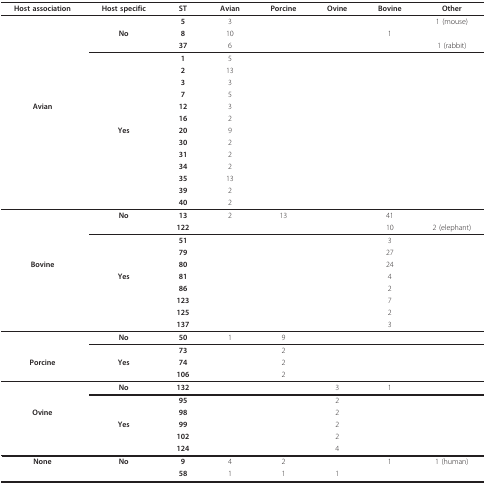
<table><thead><tr><td><b>Host association</b></td><td><b>Host specific</b></td><td><b>ST</b></td><td><b>Avian</b></td><td><b>Porcine</b></td><td><b>Ovine</b></td><td><b>Bovine</b></td><td><b>Other</b></td></tr></thead><tbody><tr><td>[EMPTY_CELL]</td><td>[EMPTY_CELL]</td><td><b>5</b></td><td>3</td><td>[EMPTY_CELL]</td><td>[EMPTY_CELL]</td><td>[EMPTY_CELL]</td><td>1 (mouse)</td></tr><tr><td>[EMPTY_CELL]</td><td><b>No</b></td><td><b>8</b></td><td>10</td><td>[EMPTY_CELL]</td><td>[EMPTY_CELL]</td><td>1</td><td>[EMPTY_CELL]</td></tr><tr><td>[EMPTY_CELL]</td><td>[EMPTY_CELL]</td><td><b>37</b></td><td>6</td><td>[EMPTY_CELL]</td><td>[EMPTY_CELL]</td><td>[EMPTY_CELL]</td><td>1 (rabbit)</td></tr><tr><td>[EMPTY_CELL]</td><td>[EMPTY_CELL]</td><td><b>1</b></td><td>5</td><td>[EMPTY_CELL]</td><td>[EMPTY_CELL]</td><td>[EMPTY_CELL]</td><td>[EMPTY_CELL]</td></tr><tr><td>[EMPTY_CELL]</td><td>[EMPTY_CELL]</td><td><b>2</b></td><td>13</td><td>[EMPTY_CELL]</td><td>[EMPTY_CELL]</td><td>[EMPTY_CELL]</td><td>[EMPTY_CELL]</td></tr><tr><td>[EMPTY_CELL]</td><td>[EMPTY_CELL]</td><td><b>3</b></td><td>3</td><td>[EMPTY_CELL]</td><td>[EMPTY_CELL]</td><td>[EMPTY_CELL]</td><td>[EMPTY_CELL]</td></tr><tr><td>[EMPTY_CELL]</td><td>[EMPTY_CELL]</td><td><b>7</b></td><td>5</td><td>[EMPTY_CELL]</td><td>[EMPTY_CELL]</td><td>[EMPTY_CELL]</td><td>[EMPTY_CELL]</td></tr><tr><td><b>Avian</b></td><td>[EMPTY_CELL]</td><td><b>12</b></td><td>3</td><td>[EMPTY_CELL]</td><td>[EMPTY_CELL]</td><td>[EMPTY_CELL]</td><td>[EMPTY_CELL]</td></tr><tr><td>[EMPTY_CELL]</td><td>[EMPTY_CELL]</td><td><b>16</b></td><td>2</td><td>[EMPTY_CELL]</td><td>[EMPTY_CELL]</td><td>[EMPTY_CELL]</td><td>[EMPTY_CELL]</td></tr><tr><td>[EMPTY_CELL]</td><td><b>Yes</b></td><td><b>20</b></td><td>9</td><td>[EMPTY_CELL]</td><td>[EMPTY_CELL]</td><td>[EMPTY_CELL]</td><td>[EMPTY_CELL]</td></tr><tr><td>[EMPTY_CELL]</td><td>[EMPTY_CELL]</td><td><b>30</b></td><td>2</td><td>[EMPTY_CELL]</td><td>[EMPTY_CELL]</td><td>[EMPTY_CELL]</td><td>[EMPTY_CELL]</td></tr><tr><td>[EMPTY_CELL]</td><td>[EMPTY_CELL]</td><td><b>31</b></td><td>2</td><td>[EMPTY_CELL]</td><td>[EMPTY_CELL]</td><td>[EMPTY_CELL]</td><td>[EMPTY_CELL]</td></tr><tr><td>[EMPTY_CELL]</td><td>[EMPTY_CELL]</td><td><b>34</b></td><td>2</td><td>[EMPTY_CELL]</td><td>[EMPTY_CELL]</td><td>[EMPTY_CELL]</td><td>[EMPTY_CELL]</td></tr><tr><td>[EMPTY_CELL]</td><td>[EMPTY_CELL]</td><td><b>35</b></td><td>13</td><td>[EMPTY_CELL]</td><td>[EMPTY_CELL]</td><td>[EMPTY_CELL]</td><td>[EMPTY_CELL]</td></tr><tr><td>[EMPTY_CELL]</td><td>[EMPTY_CELL]</td><td><b>39</b></td><td>2</td><td>[EMPTY_CELL]</td><td>[EMPTY_CELL]</td><td>[EMPTY_CELL]</td><td>[EMPTY_CELL]</td></tr><tr><td>[EMPTY_CELL]</td><td>[EMPTY_CELL]</td><td><b>40</b></td><td>2</td><td>[EMPTY_CELL]</td><td>[EMPTY_CELL]</td><td>[EMPTY_CELL]</td><td>[EMPTY_CELL]</td></tr><tr><td>[EMPTY_CELL]</td><td><b>No</b></td><td><b>13</b></td><td>2</td><td>13</td><td>[EMPTY_CELL]</td><td>41</td><td>[EMPTY_CELL]</td></tr><tr><td>[EMPTY_CELL]</td><td>[EMPTY_CELL]</td><td><b>122</b></td><td>[EMPTY_CELL]</td><td>[EMPTY_CELL]</td><td>[EMPTY_CELL]</td><td>10</td><td>2 (elephant)</td></tr><tr><td>[EMPTY_CELL]</td><td>[EMPTY_CELL]</td><td><b>51</b></td><td>[EMPTY_CELL]</td><td>[EMPTY_CELL]</td><td>[EMPTY_CELL]</td><td>3</td><td>[EMPTY_CELL]</td></tr><tr><td>[EMPTY_CELL]</td><td>[EMPTY_CELL]</td><td><b>79</b></td><td>[EMPTY_CELL]</td><td>[EMPTY_CELL]</td><td>[EMPTY_CELL]</td><td>27</td><td>[EMPTY_CELL]</td></tr><tr><td><b>Bovine</b></td><td>[EMPTY_CELL]</td><td><b>80</b></td><td>[EMPTY_CELL]</td><td>[EMPTY_CELL]</td><td>[EMPTY_CELL]</td><td>24</td><td>[EMPTY_CELL]</td></tr><tr><td>[EMPTY_CELL]</td><td><b>Yes</b></td><td><b>81</b></td><td>[EMPTY_CELL]</td><td>[EMPTY_CELL]</td><td>[EMPTY_CELL]</td><td>4</td><td>[EMPTY_CELL]</td></tr><tr><td>[EMPTY_CELL]</td><td>[EMPTY_CELL]</td><td><b>86</b></td><td>[EMPTY_CELL]</td><td>[EMPTY_CELL]</td><td>[EMPTY_CELL]</td><td>2</td><td>[EMPTY_CELL]</td></tr><tr><td>[EMPTY_CELL]</td><td>[EMPTY_CELL]</td><td><b>123</b></td><td>[EMPTY_CELL]</td><td>[EMPTY_CELL]</td><td>[EMPTY_CELL]</td><td>7</td><td>[EMPTY_CELL]</td></tr><tr><td>[EMPTY_CELL]</td><td>[EMPTY_CELL]</td><td><b>125</b></td><td>[EMPTY_CELL]</td><td>[EMPTY_CELL]</td><td>[EMPTY_CELL]</td><td>2</td><td>[EMPTY_CELL]</td></tr><tr><td>[EMPTY_CELL]</td><td>[EMPTY_CELL]</td><td><b>137</b></td><td>[EMPTY_CELL]</td><td>[EMPTY_CELL]</td><td>[EMPTY_CELL]</td><td>3</td><td>[EMPTY_CELL]</td></tr><tr><td>[EMPTY_CELL]</td><td><b>No</b></td><td><b>50</b></td><td>1</td><td>9</td><td>[EMPTY_CELL]</td><td>[EMPTY_CELL]</td><td>[EMPTY_CELL]</td></tr><tr><td>[EMPTY_CELL]</td><td>[EMPTY_CELL]</td><td><b>73</b></td><td>[EMPTY_CELL]</td><td>2</td><td>[EMPTY_CELL]</td><td>[EMPTY_CELL]</td><td>[EMPTY_CELL]</td></tr><tr><td><b>Porcine</b></td><td><b>Yes</b></td><td><b>74</b></td><td>[EMPTY_CELL]</td><td>2</td><td>[EMPTY_CELL]</td><td>[EMPTY_CELL]</td><td>[EMPTY_CELL]</td></tr><tr><td>[EMPTY_CELL]</td><td>[EMPTY_CELL]</td><td><b>106</b></td><td>[EMPTY_CELL]</td><td>2</td><td>[EMPTY_CELL]</td><td>[EMPTY_CELL]</td><td>[EMPTY_CELL]</td></tr><tr><td>[EMPTY_CELL]</td><td><b>No</b></td><td><b>132</b></td><td>[EMPTY_CELL]</td><td>[EMPTY_CELL]</td><td>3</td><td>1</td><td>[EMPTY_CELL]</td></tr><tr><td>[EMPTY_CELL]</td><td>[EMPTY_CELL]</td><td><b>95</b></td><td>[EMPTY_CELL]</td><td>[EMPTY_CELL]</td><td>2</td><td>[EMPTY_CELL]</td><td>[EMPTY_CELL]</td></tr><tr><td><b>Ovine</b></td><td>[EMPTY_CELL]</td><td><b>98</b></td><td>[EMPTY_CELL]</td><td>[EMPTY_CELL]</td><td>2</td><td>[EMPTY_CELL]</td><td>[EMPTY_CELL]</td></tr><tr><td>[EMPTY_CELL]</td><td><b>Yes</b></td><td><b>99</b></td><td>[EMPTY_CELL]</td><td>[EMPTY_CELL]</td><td>2</td><td>[EMPTY_CELL]</td><td>[EMPTY_CELL]</td></tr><tr><td>[EMPTY_CELL]</td><td>[EMPTY_CELL]</td><td><b>102</b></td><td>[EMPTY_CELL]</td><td>[EMPTY_CELL]</td><td>2</td><td>[EMPTY_CELL]</td><td>[EMPTY_CELL]</td></tr><tr><td>[EMPTY_CELL]</td><td>[EMPTY_CELL]</td><td><b>124</b></td><td>[EMPTY_CELL]</td><td>[EMPTY_CELL]</td><td>4</td><td>[EMPTY_CELL]</td><td>[EMPTY_CELL]</td></tr><tr><td><b>None</b></td><td><b>No</b></td><td><b>9</b></td><td>4</td><td>2</td><td>[EMPTY_CELL]</td><td>1</td><td>1 (human)</td></tr><tr><td>[EMPTY_CELL]</td><td>[EMPTY_CELL]</td><td><b>58</b></td><td>1</td><td>1</td><td>1</td><td>[EMPTY_CELL]</td><td>[EMPTY_CELL]</td></tr></tbody></table>